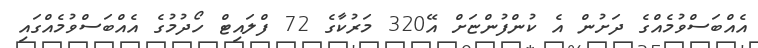
އެއްބަސްވުމެއްގެ ދަށުން އެ ކުންފުންޏަށް އޭ320 މަރުކާގެ 72 ފްލައިޓް ހޯދުމުގެ އެއްބަސްވުމެއްގައި